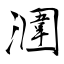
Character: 潿